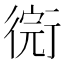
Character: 𢕋